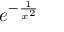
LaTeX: e ^ { - { \frac { 1 } { x ^ { 2 } } } }